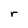
Character: r